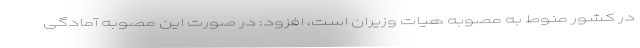
در کشور منوط به مصوبه هیات وزیران است، افزود: در صورت این مصوبه آمادگی